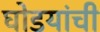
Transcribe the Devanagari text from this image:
घोडयांची